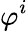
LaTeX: \varphi^{i}